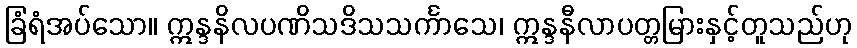
ခြံရံအပ်သော။ ဣန္ဒနိလပဏိသဒိသသင်္ကာသေ၊ ဣန္ဒနီလာပတ္တမြားနှင့်တူသည်ဟု